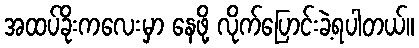
အထပ်ခိုးကလေးမှာ နေဖို့ လိုက်ပြောင်းခဲ့ရပါတယ်။